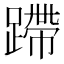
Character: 蹛